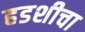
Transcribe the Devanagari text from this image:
हडशीचा